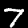
Label: 7